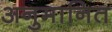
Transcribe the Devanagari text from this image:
अनुमानित